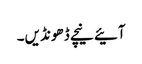
آئیے نیچے ڈھونڈیں۔